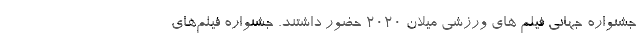
جشنواره جهانی فیلم های ورزشی میلان 2020 حضور داشتند. جشنواره فیلم‌های